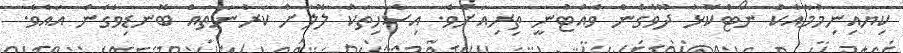
ކިޔައިނިމުމާއެކު ނޯޓްކޮޅު ދޫވެގެން ވެއްޓުނީ ތިރިއަށެވެ. އިސާހިތަކު ލޮލަށް ކަރުނަތައް ބޮނޑިވެގެން އައެވެ.